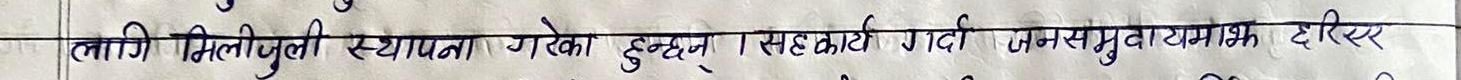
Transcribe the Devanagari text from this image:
लागि मिलिजुली स्थापना गरेका हुन् । सहकार्य गर्दा जनसमुदायमाझ दिएर